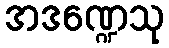
အဒဏ္ဍေသု